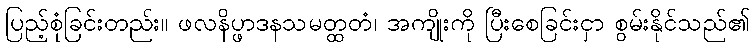
ပြည့်စုံခြင်းတည်း။ ဖလနိပ္ဖာဒနသမတ္ထတံ၊ အကျိုးကို ပြီးစေခြင်းငှာ စွမ်းနိုင်သည်၏